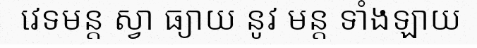
វេទមន្ត ស្វា ធ្យាយ នូវ មន្ត ទាំងឡាយ